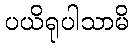
ပယိရုပါသာမိ